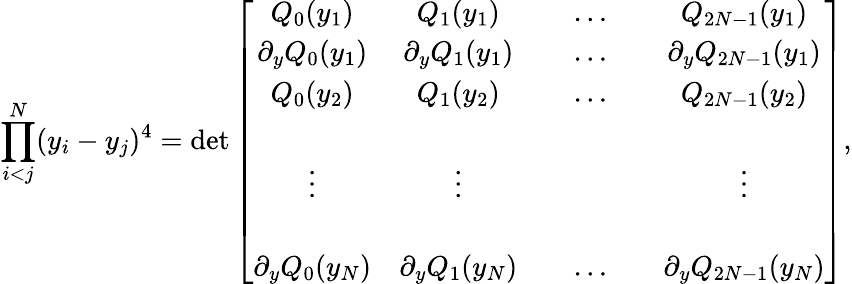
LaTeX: \prod_{i<j}^{N}(y_{i}-y_{j})^{4}=\operatorname*{det}\left[\begin{array}{cccccc}{{Q_{0}(y_{1})}}&{{Q_{1}(y_{1})}}&{{}}&{{\ldots}}&{{}}&{{Q_{2N-1}(y_{1})}}\\ {{\partial_{y}Q_{0}(y_{1})}}&{{\partial_{y}Q_{1}(y_{1})}}&{{}}&{{\ldots}}&{{}}&{{\partial_{y}Q_{2N-1}(y_{1})}}\\ {{Q_{0}(y_{2})}}&{{Q_{1}(y_{2})}}&{{}}&{{\ldots}}&{{}}&{{Q_{2N-1}(y_{2})}}\\ {{}}&{{}}&{{}}&{{}}&{{}}&{{}}\\ {{\vdots}}&{{\vdots}}&{{}}&{{}}&{{}}&{{\vdots}}\\ {{}}&{{}}&{{}}&{{}}&{{}}&{{}}\\ {{\partial_{y}Q_{0}(y_{N})}}&{{\partial_{y}Q_{1}(y_{N})}}&{{}}&{{\ldots}}&{{}}&{{\partial_{y}Q_{2N-1}(y_{N})}}\end{array}\right],